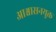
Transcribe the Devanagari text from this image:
आश्वासनयुक्त